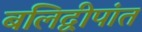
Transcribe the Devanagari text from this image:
बलिद्वीपांत